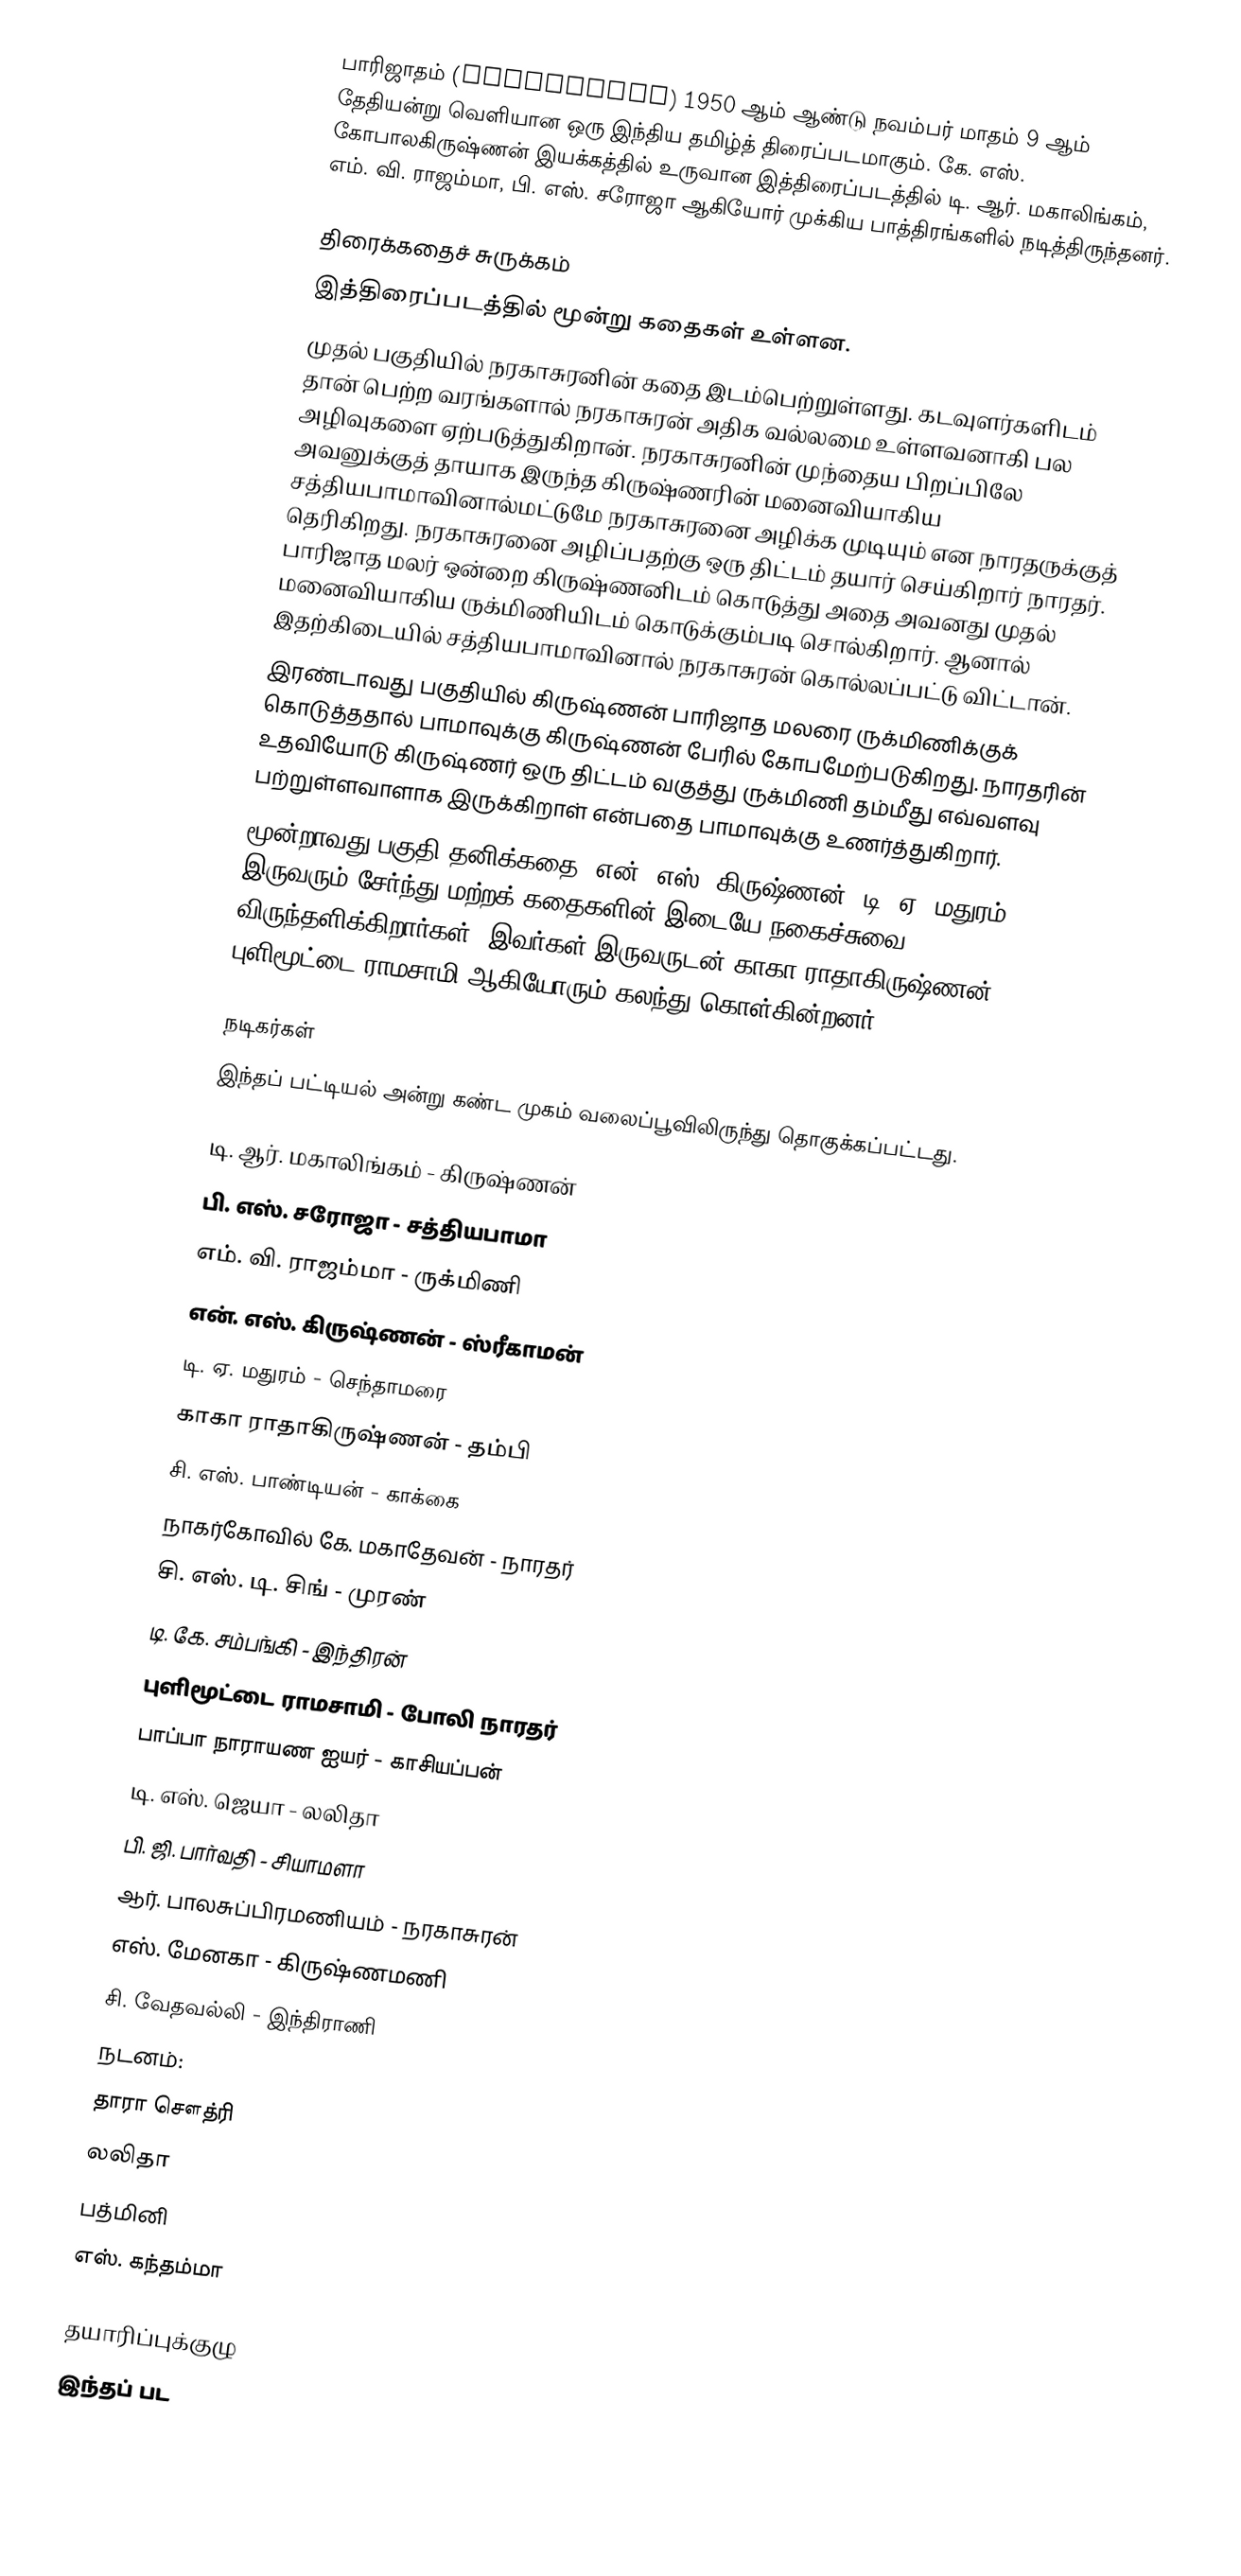
பாரிஜாதம் (Parijatham)  1950 ஆம் ஆண்டு நவம்பர் மாதம் 9 ஆம் தேதியன்று வெளியான ஒரு இந்திய தமிழ்த் திரைப்படமாகும். கே. எஸ். கோபாலகிருஷ்ணன் இயக்கத்தில் உருவான இத்திரைப்படத்தில் டி. ஆர். மகாலிங்கம், எம். வி. ராஜம்மா, பி. எஸ். சரோஜா ஆகியோர் முக்கிய பாத்திரங்களில் நடித்திருந்தனர்.

திரைக்கதைச் சுருக்கம்
இத்திரைப்படத்தில் மூன்று கதைகள் உள்ளன.
முதல் பகுதியில் நரகாசுரனின் கதை இடம்பெற்றுள்ளது. கடவுளர்களிடம் தான் பெற்ற வரங்களால் நரகாசுரன் அதிக வல்லமை உள்ளவனாகி பல அழிவுகளை ஏற்படுத்துகிறான். நரகாசுரனின் முந்தைய பிறப்பிலே அவனுக்குத் தாயாக இருந்த கிருஷ்ணரின் மனைவியாகிய சத்தியபாமாவினால்மட்டுமே நரகாசுரனை அழிக்க முடியும் என நாரதருக்குத் தெரிகிறது. நரகாசுரனை அழிப்பதற்கு ஒரு திட்டம் தயார் செய்கிறார் நாரதர். பாரிஜாத மலர் ஒன்றை கிருஷ்ணனிடம் கொடுத்து அதை அவனது முதல் மனைவியாகிய ருக்மிணியிடம் கொடுக்கும்படி சொல்கிறார். ஆனால் இதற்கிடையில் சத்தியபாமாவினால் நரகாசுரன் கொல்லப்பட்டு விட்டான்.
இரண்டாவது பகுதியில் கிருஷ்ணன் பாரிஜாத மலரை ருக்மிணிக்குக் கொடுத்ததால் பாமாவுக்கு கிருஷ்ணன் பேரில் கோபமேற்படுகிறது. நாரதரின் உதவியோடு கிருஷ்ணர் ஒரு திட்டம் வகுத்து ருக்மிணி தம்மீது எவ்வளவு பற்றுள்ளவாளாக இருக்கிறாள் என்பதை பாமாவுக்கு உணர்த்துகிறார்.
மூன்றாவது பகுதி தனிக்கதை. என். எஸ். கிருஷ்ணன், டி. ஏ. மதுரம் இருவரும் சேர்ந்து மற்றக் கதைகளின் இடையே நகைச்சுவை விருந்தளிக்கிறார்கள். இவர்கள் இருவருடன் காகா ராதாகிருஷ்ணன், புளிமூட்டை ராமசாமி ஆகியோரும் கலந்து கொள்கின்றனர்.

நடிகர்கள்
இந்தப் பட்டியல் அன்று கண்ட முகம் வலைப்பூவிலிருந்து தொகுக்கப்பட்டது.

 டி. ஆர். மகாலிங்கம் - கிருஷ்ணன்
 பி. எஸ். சரோஜா - சத்தியபாமா
 எம். வி. ராஜம்மா - ருக்மிணி
 என். எஸ். கிருஷ்ணன் - ஸ்ரீகாமன்
 டி. ஏ. மதுரம் - செந்தாமரை
 காகா ராதாகிருஷ்ணன் - தம்பி
 சி. எஸ். பாண்டியன் - காக்கை
 நாகர்கோவில் கே. மகாதேவன் - நாரதர்
 சி. எஸ். டி. சிங் - முரண்
 டி. கே. சம்பங்கி - இந்திரன்
 புளிமூட்டை ராமசாமி - போலி நாரதர்
 பாப்பா நாராயண ஐயர் - காசியப்பன்
 டி. எஸ். ஜெயா - லலிதா
 பி. ஜி. பார்வதி - சியாமளா
 ஆர். பாலசுப்பிரமணியம் - நரகாசுரன்
 எஸ். மேனகா - கிருஷ்ணமணி
 சி. வேதவல்லி - இந்திராணி
நடனம்:
 தாரா சௌத்ரி
 லலிதா
 பத்மினி
எஸ். கந்தம்மா

தயாரிப்புக்குழு
இந்தப் பட